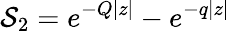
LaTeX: \mathcal{S}_{2}=e^{-Q|z|}-e^{-q|z|}